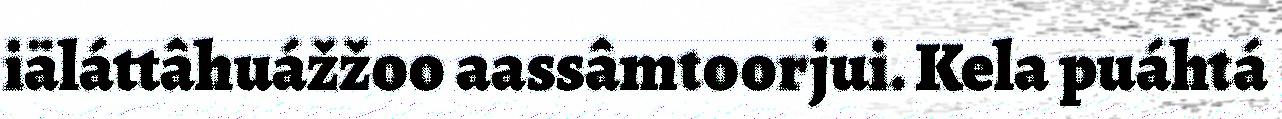
iäláttâhuážžoo aassâmtoorjui. Kela puáhtá